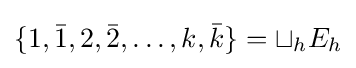
\{1,{\bar {1}},2,{\bar {2}},\dots ,k,{\bar {k}}\}=\sqcup _{h}E_{h}